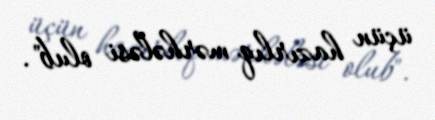
üçün hazırlıq mərhələsi olub".